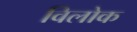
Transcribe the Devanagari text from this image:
विलोक